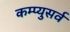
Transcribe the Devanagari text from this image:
कम्प्युसर्व